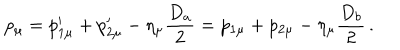
p _ { \mu } = p _ { 1 \mu } ^ { \prime } + p _ { 2 \mu } ^ { \prime } - \eta _ { \mu } \frac { D _ { a } } { 2 } = p _ { 1 \mu } + p _ { 2 \mu } - \eta _ { \mu } \frac { D _ { b } } { 2 } \, .